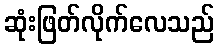
ဆုံးဖြတ်လိုက်လေသည်